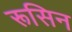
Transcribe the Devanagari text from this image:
रूसिन